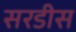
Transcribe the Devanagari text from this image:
सरडीस